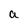
Character: a